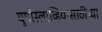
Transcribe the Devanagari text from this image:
युगोस्लाव्हियासाठीच्या